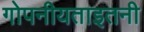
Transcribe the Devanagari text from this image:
गोपनीयताइतनी